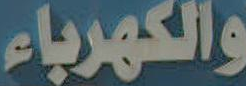
والكهرباء